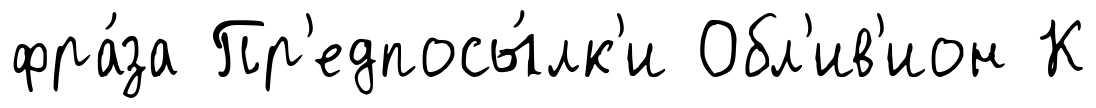
фра́за Пр'едпосы́лк'и Обл'ив'ион К